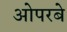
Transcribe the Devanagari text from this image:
ओपरबे